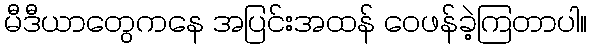
မီဒီယာတွေကနေ အပြင်းအထန် ဝေဖန်ခဲ့ကြတာပါ။